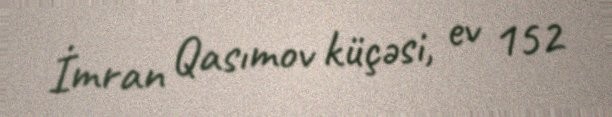
İmran Qasımov küçəsi, ev 152